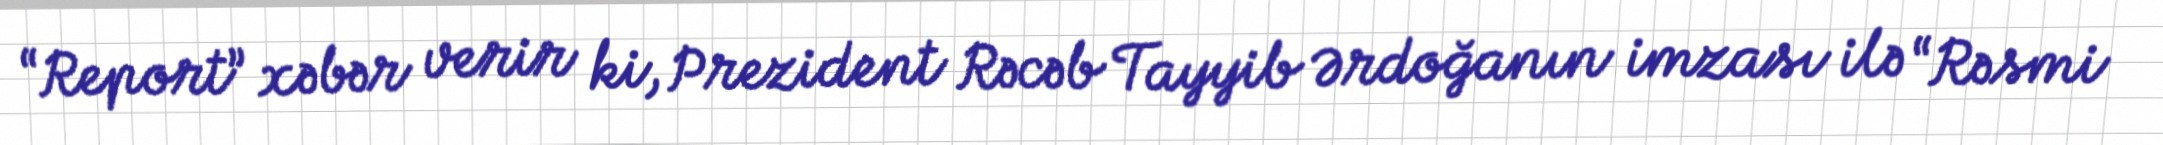
“Report” xəbər verir ki, Prezident Rəcəb Tayyib Ərdoğanın imzası ilə “Rəsmi